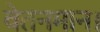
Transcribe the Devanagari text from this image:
वेतनमान।